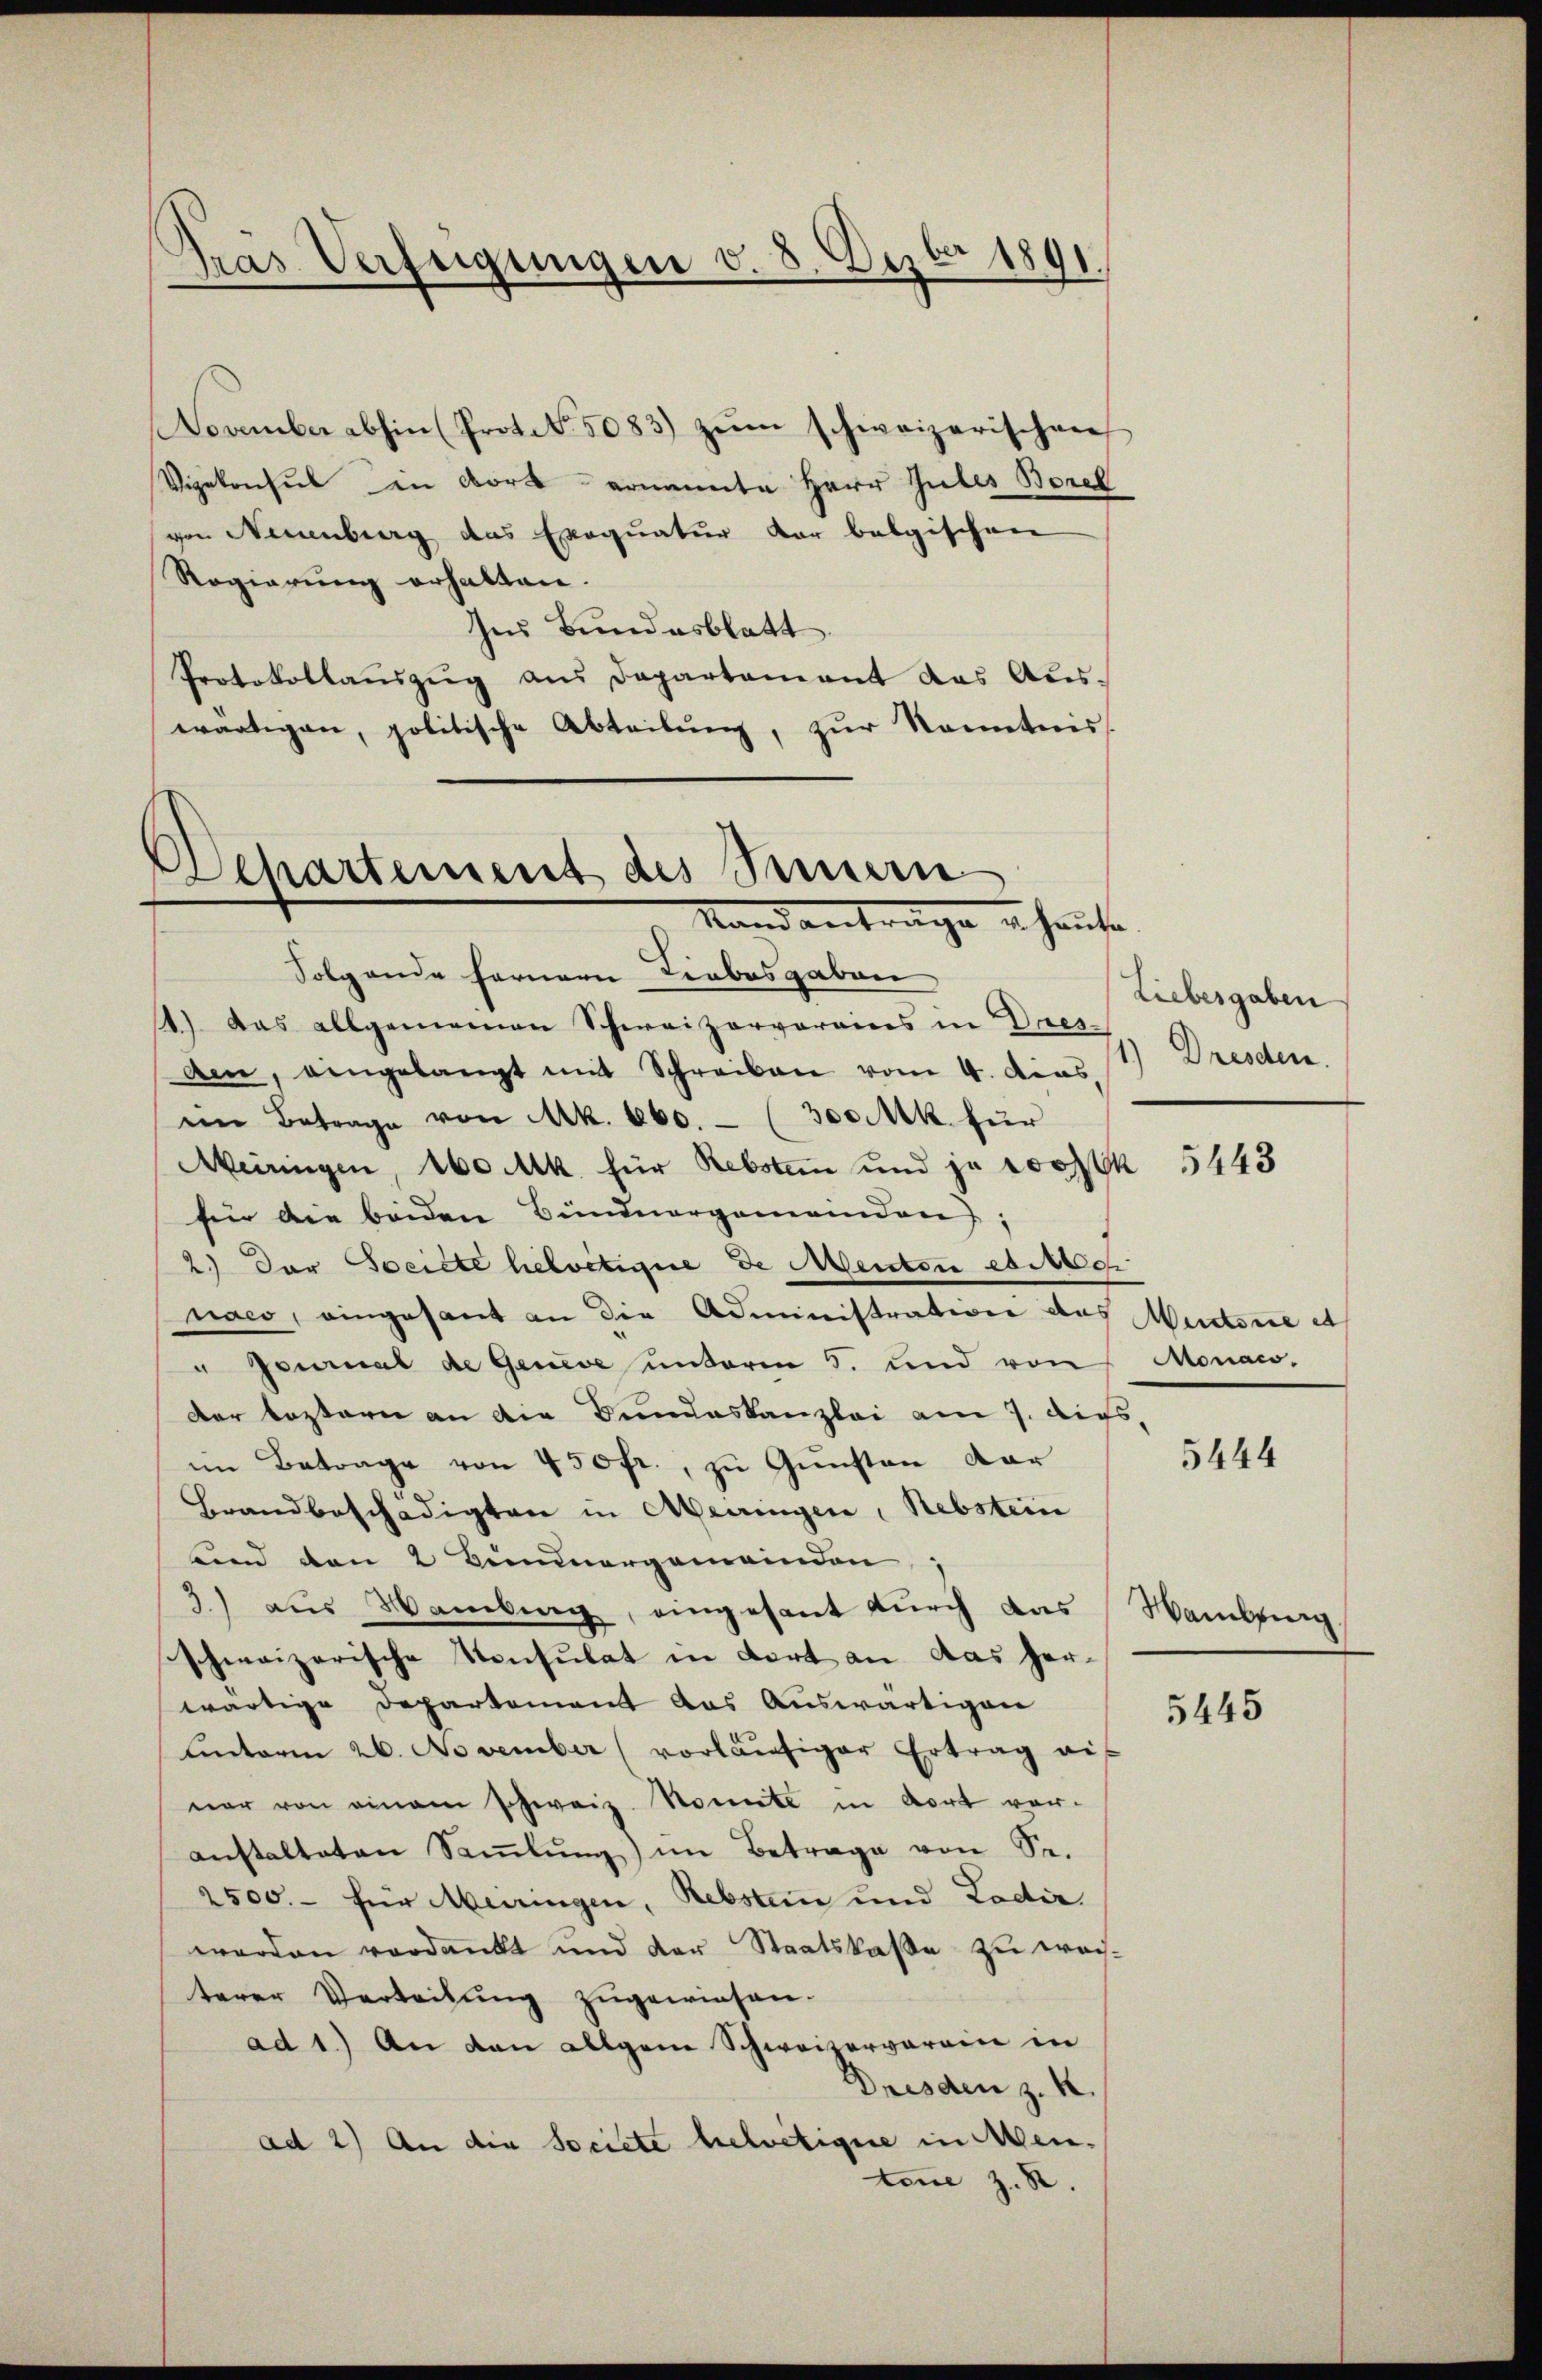
Gras Verfügungen v. 8. Dezbr 1891.

November abhin (Protol. 5083) zŭm schweizerischen
Vizekonsul in Bork - ernannte Herr Gutes Borel
von Neuenburg das Exequatur vor belgischen
Regierung erhalten.
Ins Bundesblatt
Protokollauszug aus Departament das Aus-
wärtigen, politische Abteilŭng, zŭr Kenntnis

Departement des Sinnern
Stand antrage in heute.
Folgende fernern Liebesgaben

1) Das allgemeinen Schweizerverains in Dres-
am, eingelangt mit Schreiben vom 4. dens. 1) Dresden,
im Betrage von Mk. 160.- (300 Mk. für
Meiringen, 160 Mk. für Rebsten und ja doch
fier die beiden Bündnergemeinden
2.) Der Societe helvetique de Menton etwech
naco, eingesant an die Administration des Medene et
" Journal de Geneve unterm 5. und von
Der leztern an die Bundeskanzlei am 7. Augs,
im Betrage von 450fr., zu Gunsten dar
Brandbeschädigten in Aberringen, Rebstein
kind den 2 Bundergemeinden,
3) aus Wamberg, eingesant durch das Hamburg.
schweizerische Konsulat in dort an das her-
wärtige Departement das Auswärtigen
unterm 26. November (vorläufiger Ertrag eif
ner von einem schweiz. Komite in dort vor-
anstalteten Saṁlŭng im Betrage von Se.
2500.- für Meiringen, Rebstein und Lodir.
werden verdankt und der Staatskaße zu weiterer Verleitung zugewiesen.
ad 1.) An den allgeme Schweizervereine in
Dresden z. K.
ad 2) An die Societe helvetigire in Mentone z. R.

Liebesgaben

5443

Monaco,

5444

5445